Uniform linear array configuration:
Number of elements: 4
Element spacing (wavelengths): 0.75
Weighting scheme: hann
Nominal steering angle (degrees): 0
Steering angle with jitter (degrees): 0.774
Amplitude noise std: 0.05
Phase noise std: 0.05

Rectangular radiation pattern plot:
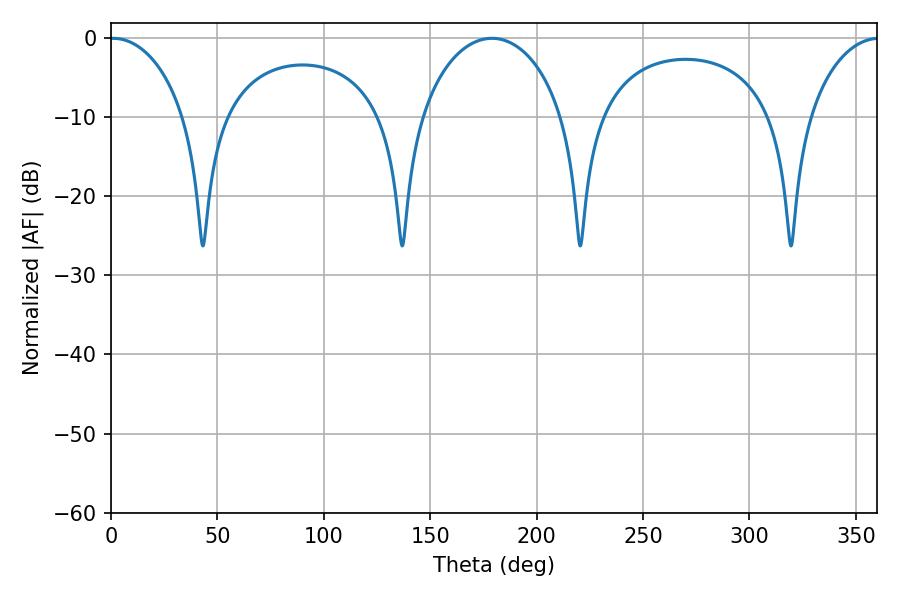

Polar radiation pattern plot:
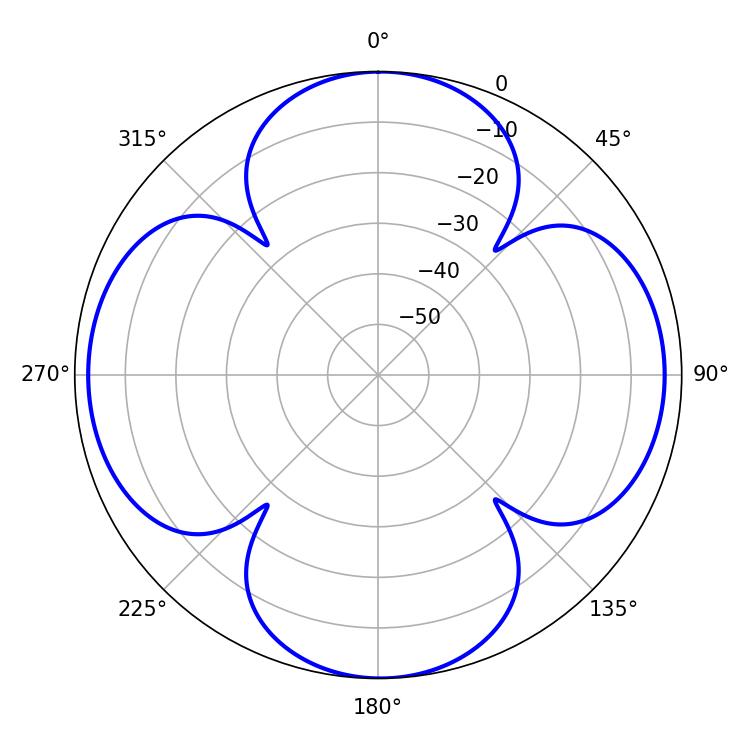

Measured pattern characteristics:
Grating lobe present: TRUE
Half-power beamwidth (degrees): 20.52
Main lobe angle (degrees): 1.08